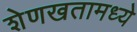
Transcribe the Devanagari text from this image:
शेणखतामध्ये